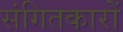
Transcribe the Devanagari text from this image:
संगितकारों